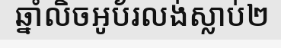
ឆ្នាំលិចអូប័រលង់ស្លាប់២